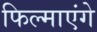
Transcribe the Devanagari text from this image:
फिल्माएंगे